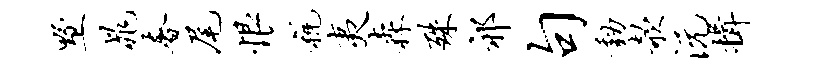
墅晁奢尾恨税夷森殊祁句动欹沅揖